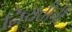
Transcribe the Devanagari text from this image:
नियतीची